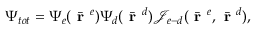
\Psi _ { t o t } = \Psi _ { e } ( \bar { \textbf { r } } ^ { e } ) \Psi _ { d } ( \bar { \textbf { r } } ^ { d } ) \mathcal { J } _ { e - d } ( \bar { \textbf { r } } ^ { e } , \bar { \textbf { r } } ^ { d } ) ,